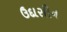
ઉદાસીન